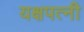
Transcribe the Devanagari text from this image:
यक्षपत्‍नी